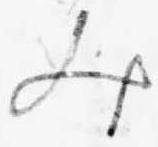
み